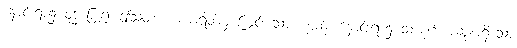
နှောင်းရာ၌ ဝုဒ္ဓိ ပြု၍ ဤသုတ်က ကာရိတ်မှ ကြွင်းသော ပစ္စည်း နှောင်းရာ၌ သံယုဂ် အဆုံးမရှိသော